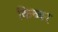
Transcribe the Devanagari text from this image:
किब्‍बर